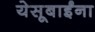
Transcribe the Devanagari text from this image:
येसूबाईंना